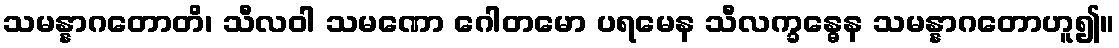
သမန္နာဂတောတိ၊ သီလဝါ သမဏော ဂေါတမော ပရမေန သီလက္ခန္ဓေန သမန္နာဂတောဟူ၍။